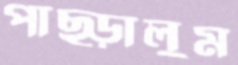
পাছ্‌ড়ালুম